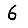
Digit: 6